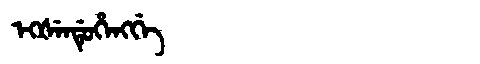
Manchu: ᡝᡴᡧᡝᠨᡩᡠᡥᡝᠩᡤᡝ
Romanization: EKŠENDUHENGGE